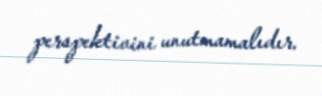
perspektivini unutmamalıdır.